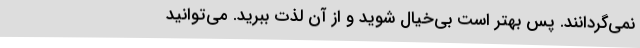
نمی‌گردانند. پس بهتر است بی‌خیال شوید و از آن لذت ببرید. می‌توانید